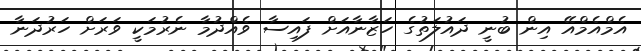
އެމްއެމްއޭ އިން ބުނީ ދައުލަތުގެ ހަޒާނާއަށް ފައިސާ ވެއްދުމާ ނެރުމަކީ ވަރަށް ހަރުދަނާ